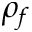
\rho _ { f }